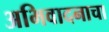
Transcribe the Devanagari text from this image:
अभिवादनाचा